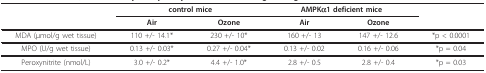
<table><thead><tr><td></td><td colspan="2"><b>control mice</b></td><td colspan="2"><b>AMPKα1 deficient mice</b></td><td></td></tr><tr><td></td><td><b>Air</b></td><td><b>Ozone</b></td><td><b>Air</b></td><td><b>Ozone</b></td><td></td></tr></thead><tbody><tr><td>MDA (μmol/g wet tissue)</td><td>110 +/- 14.1*</td><td>230 +/- 10*</td><td>160 +/- 13</td><td>147 +/- 12.6</td><td>*p &lt; 0.0001</td></tr><tr><td>MPO (U/g wet tissue)</td><td>0.13 +/- 0.03*</td><td>0.27 +/- 0.04*</td><td>0.13 +/- 0.02</td><td>0.16 +/- 0.06</td><td>*p = 0.04</td></tr><tr><td>Peroxynitrite (nmol/L)</td><td>3.0 +/- 0.2*</td><td>4.4 +/- 1.0*</td><td>2.8 +/- 0.5</td><td>2.8 +/- 0.4</td><td>*p = 0.03</td></tr></tbody></table>